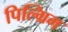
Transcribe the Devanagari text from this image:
पिल्ग्रिम